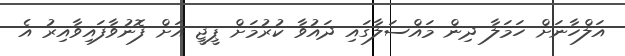
އަލްހާނަށް ހަމަލާ ދިން މައްސަލާގައި ދައުވާ ކުރުމަށް ޕީޖީ އަށް ފޮނުވާފައިވާއިރު އެ